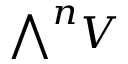
{ \textstyle \bigwedge } ^ { n } V